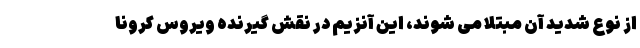
از نوع شدید آن مبتلا می شوند، این آنزیم در نقش گیرنده ویروس کرونا